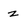
Character: z